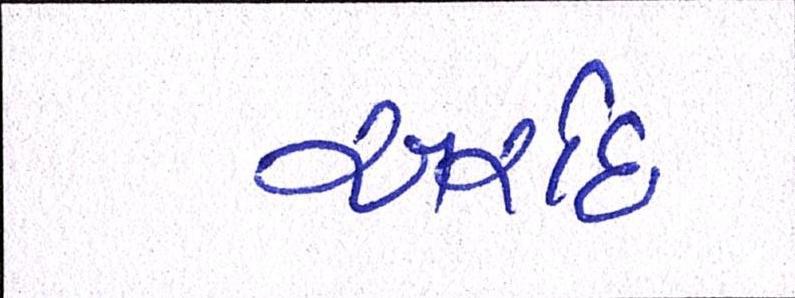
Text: અર્શદ